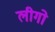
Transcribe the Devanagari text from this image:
लीगो